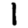
Digit: 1